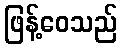
ဖြန့်ဝေသည်